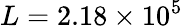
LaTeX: L=2.18\times 10^{5}